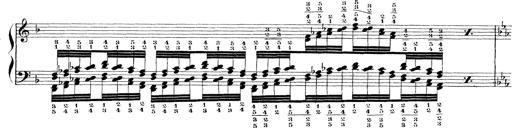
Title: Technische Studien
Composer: Franz Liszt